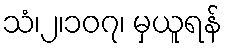
သံ၊၂၊၁၀၇၊ မှယူရန်